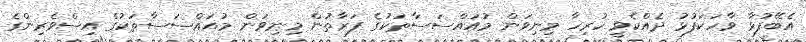
އެބޭފުޅާ ވާހަކަފުޅު ދެއްކެވީ ހުރިހާ މިނިވަން މުއައްސަސާތަކުގެ ފަރާތުން މިނިވަން މުއައްސަސާތަކުގެ އިސްވެރިންގެ